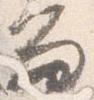
留